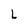
Character: L